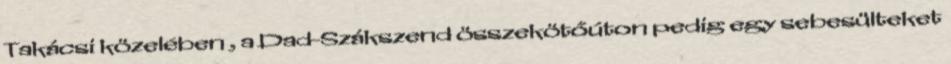
Takácsi közelében , a Dad-Szákszend összekötőúton pedig egy sebesülteket